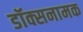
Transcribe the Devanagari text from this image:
डॉक्सनामक